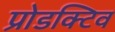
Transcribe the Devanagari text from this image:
प्रोडक्टिव